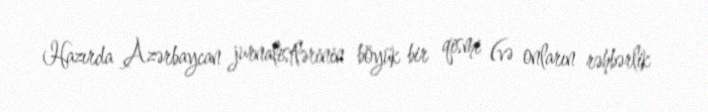
Hazırda Azərbaycan jurnalistlərinin böyük bir qismi (və onların rəhbərlik